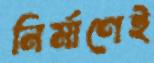
নির্মাণেই